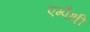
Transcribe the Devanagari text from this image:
एम्पैथी